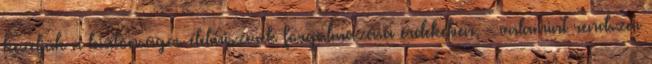
kezeljük a biztonságos élelmiszerek forgalmazása érdekében, - valamint rendszer